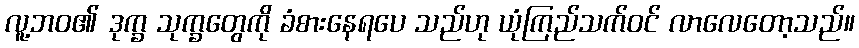
လူ့ဘဝ၏ ဒုက္ခ သုက္ခတွေကို ခံစားနေရပေ သည်ဟု ယုံကြည်သက်ဝင် လာလေတော့သည်။